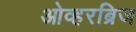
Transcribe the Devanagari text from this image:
ओव्हरब्रिज